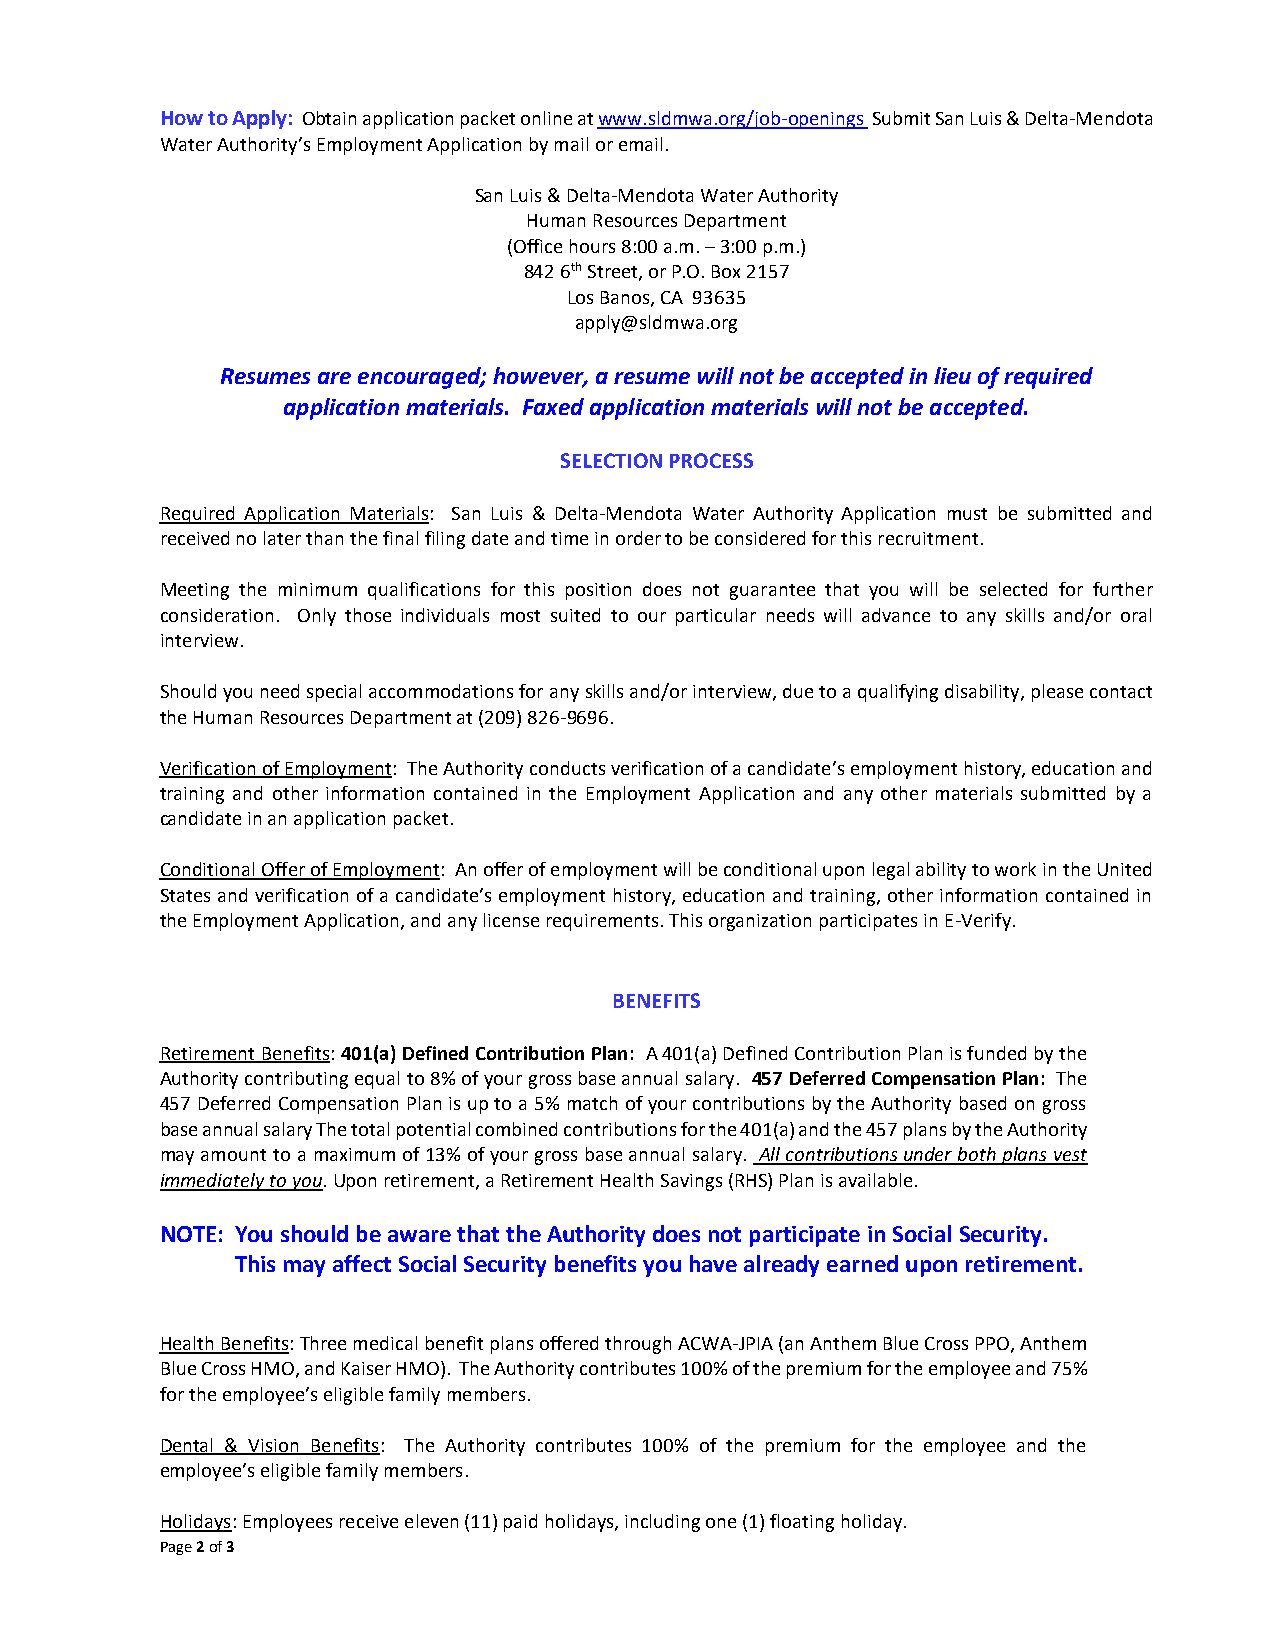
How to Apply: Obtain application packet online at www.sldmwa.org/job-openings Submit San Luis & Delta-Mendota
 Water Authority’s Employment Application by mail or email.
 San Luis & Delta-Mendota Water Authority
 Human Resources Department
 (Office hours 8:00 a.m. – 3:00 p.m.)
 842 6th Street, or P.O. Box 2157
 Los Banos, CA 93635
 apply@sldmwa.org
 Resumes are encouraged; however, a resume will not be accepted in lieu of required
 application materials. Faxed application materials will not be accepted.
 SELECTION PROCESS
 Required Application Materials: San Luis & Delta-Mendota Water Authority Application must be submitted and
 received no later than the final filing date and time in order to be considered for this recruitment.
 Meeting the minimum qualifications for this position does not guarantee that you will be selected for further
 consideration. Only those individuals most suited to our particular needs will advance to any skills and/or oral
 interview.
 Should you need special accommodations for any skills and/or interview, due to a qualifying disability, please contact
 the Human Resources Department at (209) 826-9696.
 Verification of Employment: The Authority conducts verification of a candidate’s employment history, education and
 training and other information contained in the Employment Application and any other materials submitted by a
 candidate in an application packet.
 Conditional Offer of Employment: An offer of employment will be conditional upon legal ability to work in the United
 States and verification of a candidate’s employment history, education and training, other information contained in
 the Employment Application, and any license requirements. This organization participates in E-Verify.
 BENEFITS
 Retirement Benefits: 401(a) Defined Contribution Plan: A 401(a) Defined Contribution Plan is funded by the
 Authority contributing equal to 8% of your gross base annual salary. 457 Deferred Compensation Plan: The
 457 Deferred Compensation Plan is up to a 5% match of your contributions by the Authority based on gross
 base annual salary The total potential combined contributions for the 401(a) and the 457 plans by the Authority
 may amount to a maximum of 13% of your gross base annual salary. All contributions under both plans vest
 immediately to you. Upon retirement, a Retirement Health Savings (RHS) Plan is available.
 NOTE: You should be aware that the Authority does not participate in Social Security.
 This may affect Social Security benefits you have already earned upon retirement.
 Health Benefits: Three medical benefit plans offered through ACWA-JPIA (an Anthem Blue Cross PPO, Anthem
 Blue Cross HMO, and Kaiser HMO). The Authority contributes 100% of the premium for the employee and 75%
 for the employee’s eligible family members.
 Dental & Vision Benefits: The Authority contributes 100% of the premium for the employee and the
 employee’s eligible family members.
 Holidays: Employees receive eleven (11) paid holidays, including one (1) floating holiday.
 Page 2 of 3